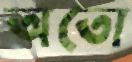
অতো